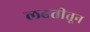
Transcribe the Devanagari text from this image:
लढतीतून